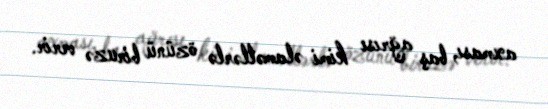
axması, baş ağrısı kimi əlamətlərlə özünü biruzə verir.